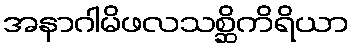
အနာဂါမိဖလသစ္ဆိကိရိယာ